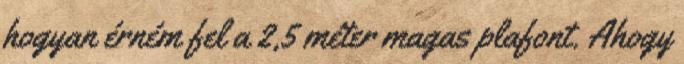
hogyan érném fel a 2,5 méter magas plafont. Ahogy